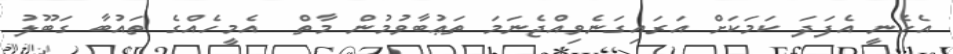
އެހެނީ އެފަދަ ކަމަކަށް އަރައިގަނެވިއްޖެނަމަ ތަޢުބާވުމުން މާތް  އެމީހެއްގެ ތައުބާ ގަބޫލު